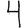
Digit: 4